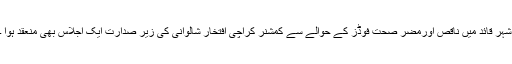
شہر قائد میں ناقص اورمضر صحت فوڈز کے حوالے سے کمشنر کراچی افتخار شالوانی کی زیر صدارت ایک اجلاس بھی منعقد ہوا ۔